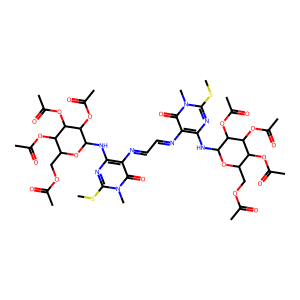
SMILES: CSc1nc(NC2OC(COC(C)=O)C(OC(C)=O)C(OC(C)=O)C2OC(C)=O)c(N=CC=Nc2c(NC3OC(COC(C)=O)C(OC(C)=O)C(OC(C)=O)C3OC(C)=O)nc(SC)n(C)c2=O)c(=O)n1C
Inhibits HIV replication: No